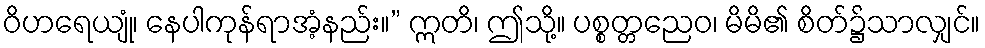
ဝိဟရေယျုံ၊ နေပါကုန်ရာအံ့နည်း။” ဣတိ၊ ဤသို့။ ပစ္စတ္တညေဝ၊ မိမိ၏ စိတ်၌သာလျှင်။